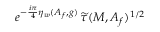
e ^ { - \frac { i \pi } { 4 } \eta _ { w } ( A _ { f } , g ) } \, \widetilde { \tau } ( M , A _ { f } ) ^ { 1 / 2 }